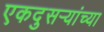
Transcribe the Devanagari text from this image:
एकदुसऱ्यांच्या